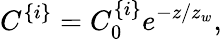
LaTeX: C^{\{ i\} }=C_{0}^{\{ i\} }e^{-z/z_{w}},